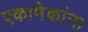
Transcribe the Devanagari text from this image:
एकामेकांना